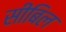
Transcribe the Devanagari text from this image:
सीबिल